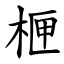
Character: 㭱